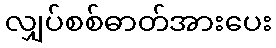
လျှပ်စစ်ဓာတ်အားပေး